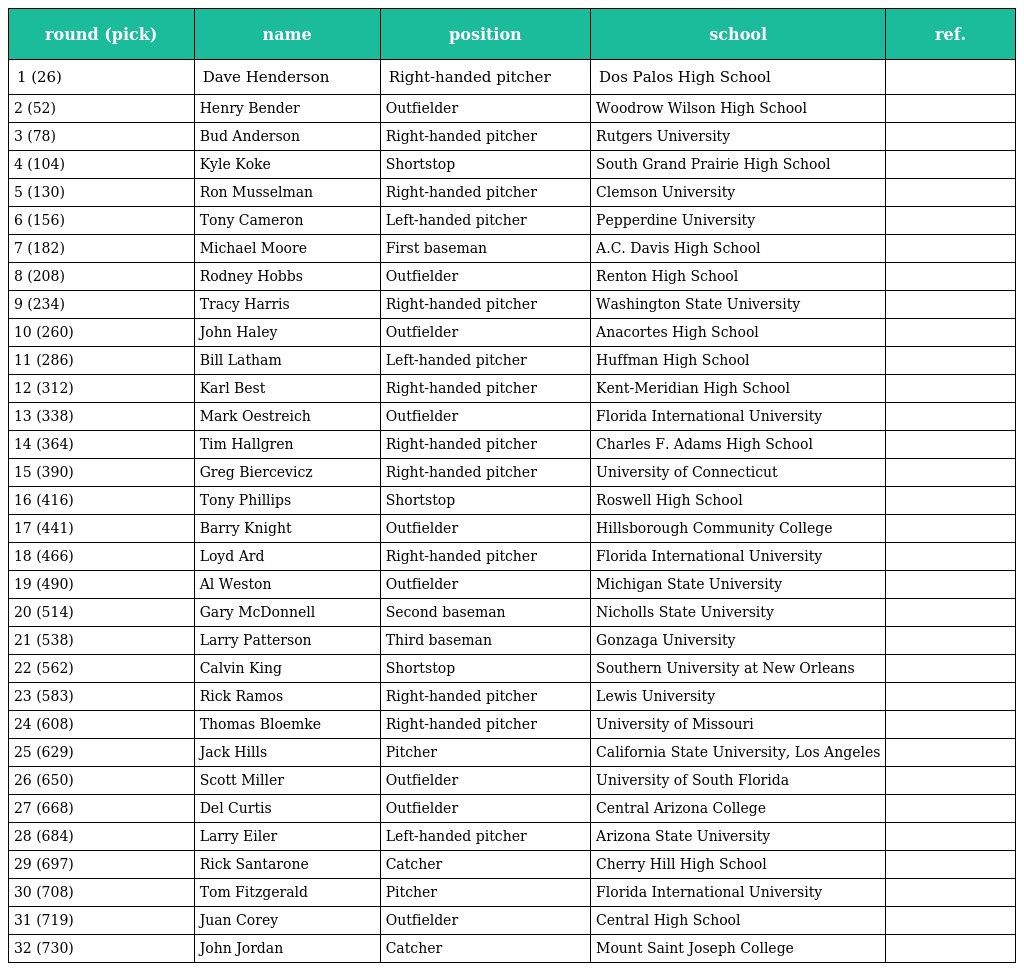
| round (pick) | name | position | school | ref. |
 | --- | --- | --- | --- | --- |
 | 1 (26) | Dave Henderson | Right-handed pitcher | Dos Palos High School |  |
 | 2 (52) | Henry Bender | Outfielder | Woodrow Wilson High School |  |
 | 3 (78) | Bud Anderson | Right-handed pitcher | Rutgers University |  |
 | 4 (104) | Kyle Koke | Shortstop | South Grand Prairie High School |  |
 | 5 (130) | Ron Musselman | Right-handed pitcher | Clemson University |  |
 | 6 (156) | Tony Cameron | Left-handed pitcher | Pepperdine University |  |
 | 7 (182) | Michael Moore | First baseman | A.C. Davis High School |  |
 | 8 (208) | Rodney Hobbs | Outfielder | Renton High School |  |
 | 9 (234) | Tracy Harris | Right-handed pitcher | Washington State University |  |
 | 10 (260) | John Haley | Outfielder | Anacortes High School |  |
 | 11 (286) | Bill Latham | Left-handed pitcher | Huffman High School |  |
 | 12 (312) | Karl Best | Right-handed pitcher | Kent-Meridian High School |  |
 | 13 (338) | Mark Oestreich | Outfielder | Florida International University |  |
 | 14 (364) | Tim Hallgren | Right-handed pitcher | Charles F. Adams High School |  |
 | 15 (390) | Greg Biercevicz | Right-handed pitcher | University of Connecticut |  |
 | 16 (416) | Tony Phillips | Shortstop | Roswell High School |  |
 | 17 (441) | Barry Knight | Outfielder | Hillsborough Community College |  |
 | 18 (466) | Loyd Ard | Right-handed pitcher | Florida International University |  |
 | 19 (490) | Al Weston | Outfielder | Michigan State University |  |
 | 20 (514) | Gary McDonnell | Second baseman | Nicholls State University |  |
 | 21 (538) | Larry Patterson | Third baseman | Gonzaga University |  |
 | 22 (562) | Calvin King | Shortstop | Southern University at New Orleans |  |
 | 23 (583) | Rick Ramos | Right-handed pitcher | Lewis University |  |
 | 24 (608) | Thomas Bloemke | Right-handed pitcher | University of Missouri |  |
 | 25 (629) | Jack Hills | Pitcher | California State University, Los Angeles |  |
 | 26 (650) | Scott Miller | Outfielder | University of South Florida |  |
 | 27 (668) | Del Curtis | Outfielder | Central Arizona College |  |
 | 28 (684) | Larry Eiler | Left-handed pitcher | Arizona State University |  |
 | 29 (697) | Rick Santarone | Catcher | Cherry Hill High School |  |
 | 30 (708) | Tom Fitzgerald | Pitcher | Florida International University |  |
 | 31 (719) | Juan Corey | Outfielder | Central High School |  |
 | 32 (730) | John Jordan | Catcher | Mount Saint Joseph College |  |